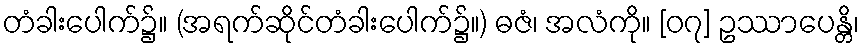
တံခါးပေါက်၌။ (အရက်ဆိုင်တံခါးပေါက်၌။) ဓဇံ၊ အလံကို။ [၀၇] ဥဿာပေန္တိ၊